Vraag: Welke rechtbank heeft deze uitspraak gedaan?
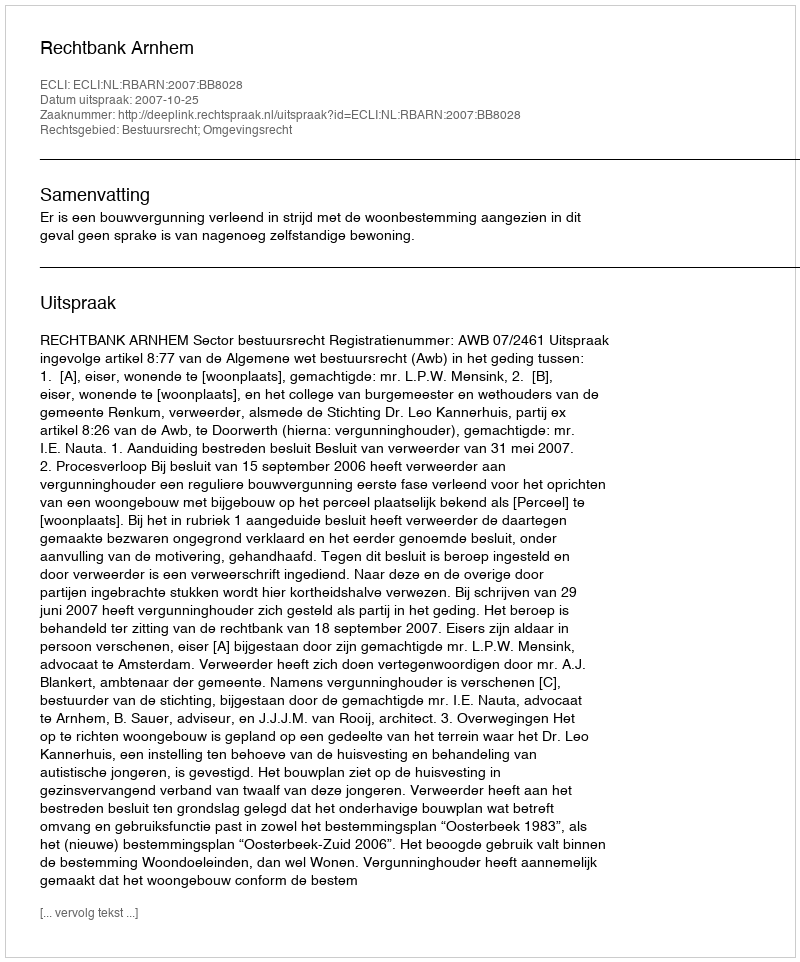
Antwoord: Rechtbank Arnhem